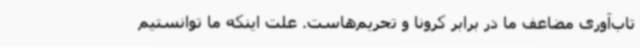
تاب‌آوری مضاعف ما در برابر کرونا و تحریم‌هاست. علت اینکه ما توانستیم